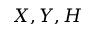
X , Y , H